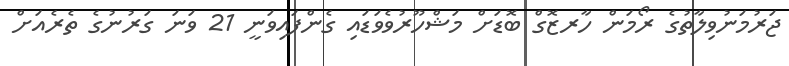
ޖަރުމަނުވިލާތުގެ ރޯމަން ހާރޒޮގް ބޮޑަށް މަޝްހޫރުވެވަޑައި ގެންފައިވަނީ 21 ވަނަ ގަރުނުގެ ތެރެއަށް